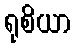
ရုစိယာ